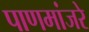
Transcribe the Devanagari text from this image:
पाणमांजरे